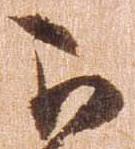
被